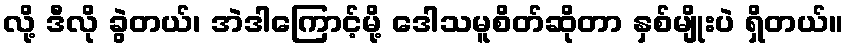
လို့ ဒီလို ခွဲတယ်၊ အဲဒါကြောင့်မို့ ဒေါသမူစိတ်ဆိုတာ နှစ်မျိုးပဲ ရှိတယ်။